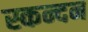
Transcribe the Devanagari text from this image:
स्कन्दन